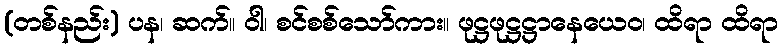
(တစ်နည်း) ပန၊ ဆက်။ ဝါ၊ စင်စစ်သော်ကား။ ဖုဋ္ဌဖုဋ္ဌဋ္ဌာနေယေဝ၊ ထိရာ ထိရာ